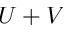
U + V